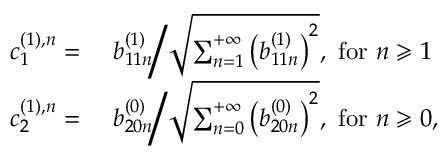
\begin{array} { r l } { c _ { 1 } ^ { ( 1 ) , n } = } & { \ b _ { 1 1 n } ^ { ( 1 ) } \bigg / \sqrt { \sum _ { n = 1 } ^ { + \infty } \left( b _ { 1 1 n } ^ { ( 1 ) } \right) ^ { 2 } } , \mathrm { ~ f o r ~ } n \geqslant 1 } \\ { c _ { 2 } ^ { ( 1 ) , n } = } & { \ b _ { 2 0 n } ^ { ( 0 ) } \bigg / \sqrt { \sum _ { n = 0 } ^ { + \infty } \left( b _ { 2 0 n } ^ { ( 0 ) } \right) ^ { 2 } } , \mathrm { ~ f o r ~ } n \geqslant 0 , } \end{array}